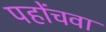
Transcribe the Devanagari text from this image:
पहोंचवा